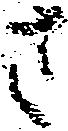
さ